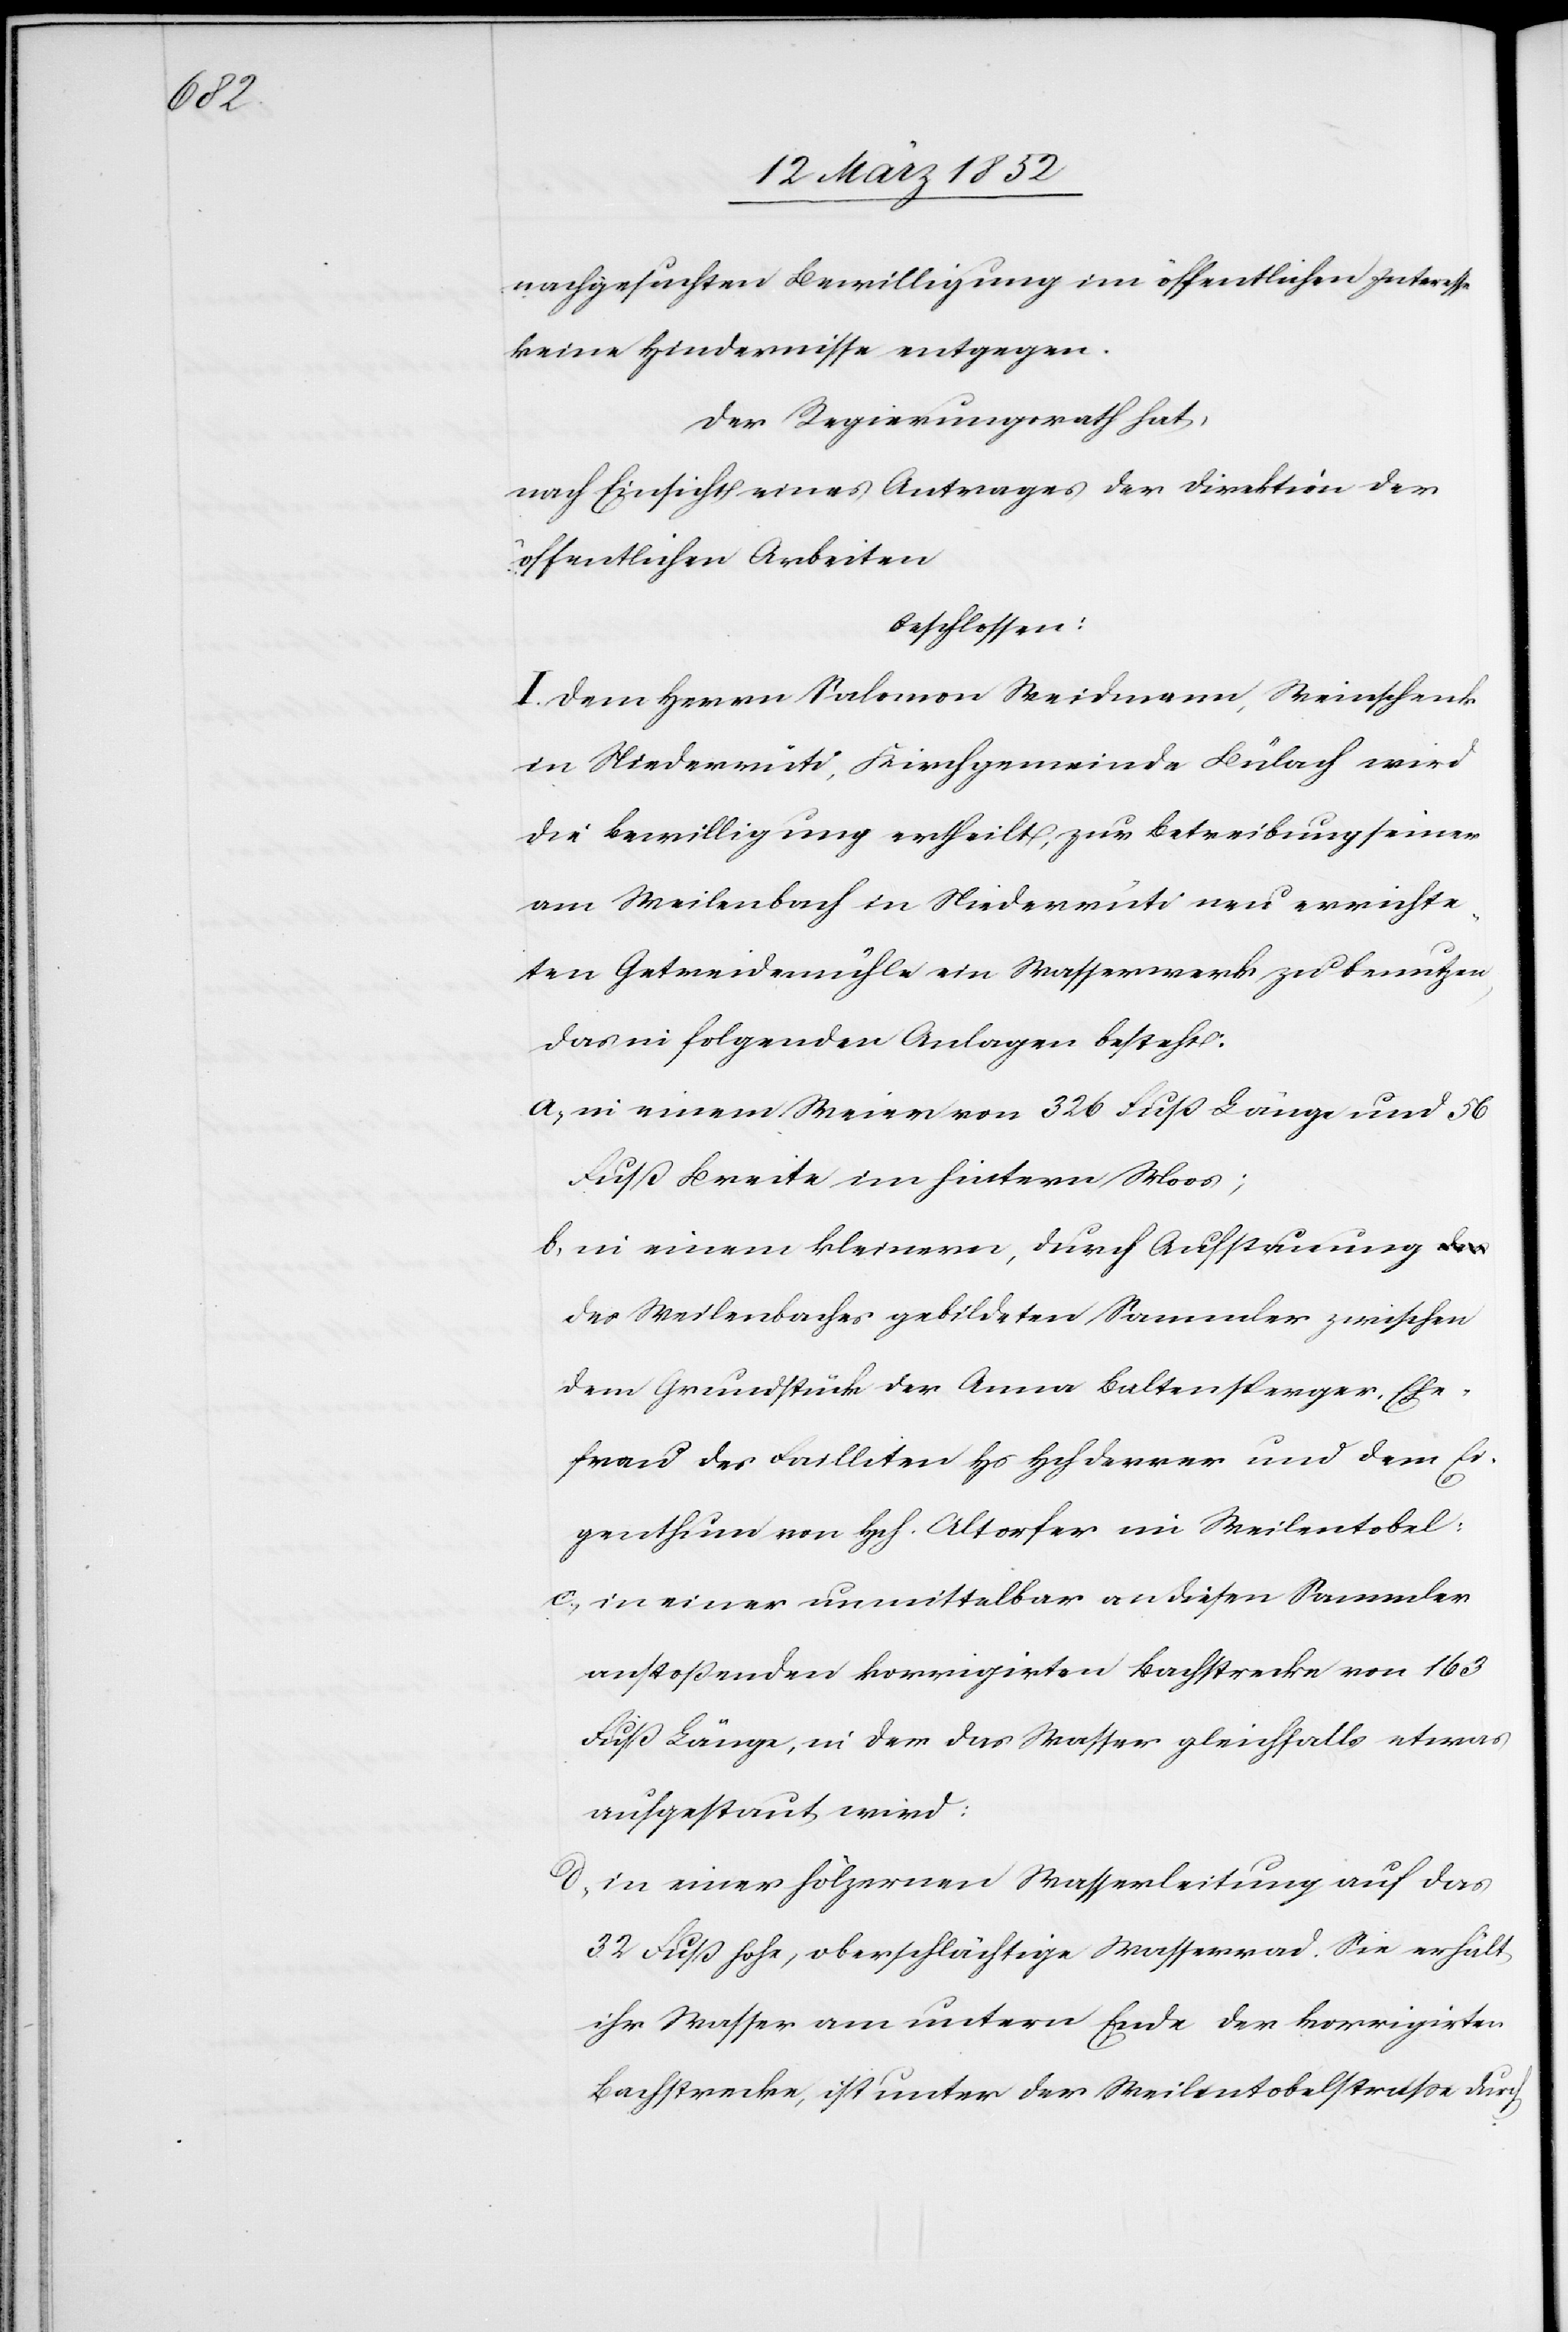
nachgesuchten Bewilligung im öffentlichen Interesse
keine Hindernisse entgegen.
Der Regierungsrath hat,
nach Einsicht eines Antrages der Direktion der
öffentlichen Arbeiten
beschlossen:
I. Dem Herrn Salomon Weidmann, Weinschenk
in Niederrüti, Kirchgemeinde Bülach wird
die Bewilligung ertheilt, zur Betreibung seiner
am Weilenbach in Niederrüti neu errichte¬
ten Getreidemühle ein Wasserwerk zu benutzen,
das in folgenden Anlagen besteht.
a) in einem Weier von 326 Fuß Länge und 56
Fuß Breite im hintern Moos;
b) in einem kleinern, durch Aufstauung d¬
es Weilenbaches gebildeten Sammler zwischen
dem Grundstück der Anna Baltensperger, Ehe¬
frau des Failliten Hs Hch Derrer und dem Ei¬
genthum von Hch. Altorfer im Weilentobel;
c) in einer unmittelbar an diesen Sammler
anstoßenden korrigirten Bachstrecke von 163
Fuß Länge, in der das Wasser gleichfalls etwas
aufgestaut wird:
d) in einer hölzernen Wasserleitung auf das
32 Fuß hohe, oberflächliche Wasserrad. Sie erhält
ihr Wasser am untern Ende der korrigirten
Bachstrecke, ist unter der Weilentobelstraße durch